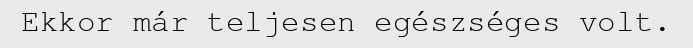
Ekkor már teljesen egészséges volt.